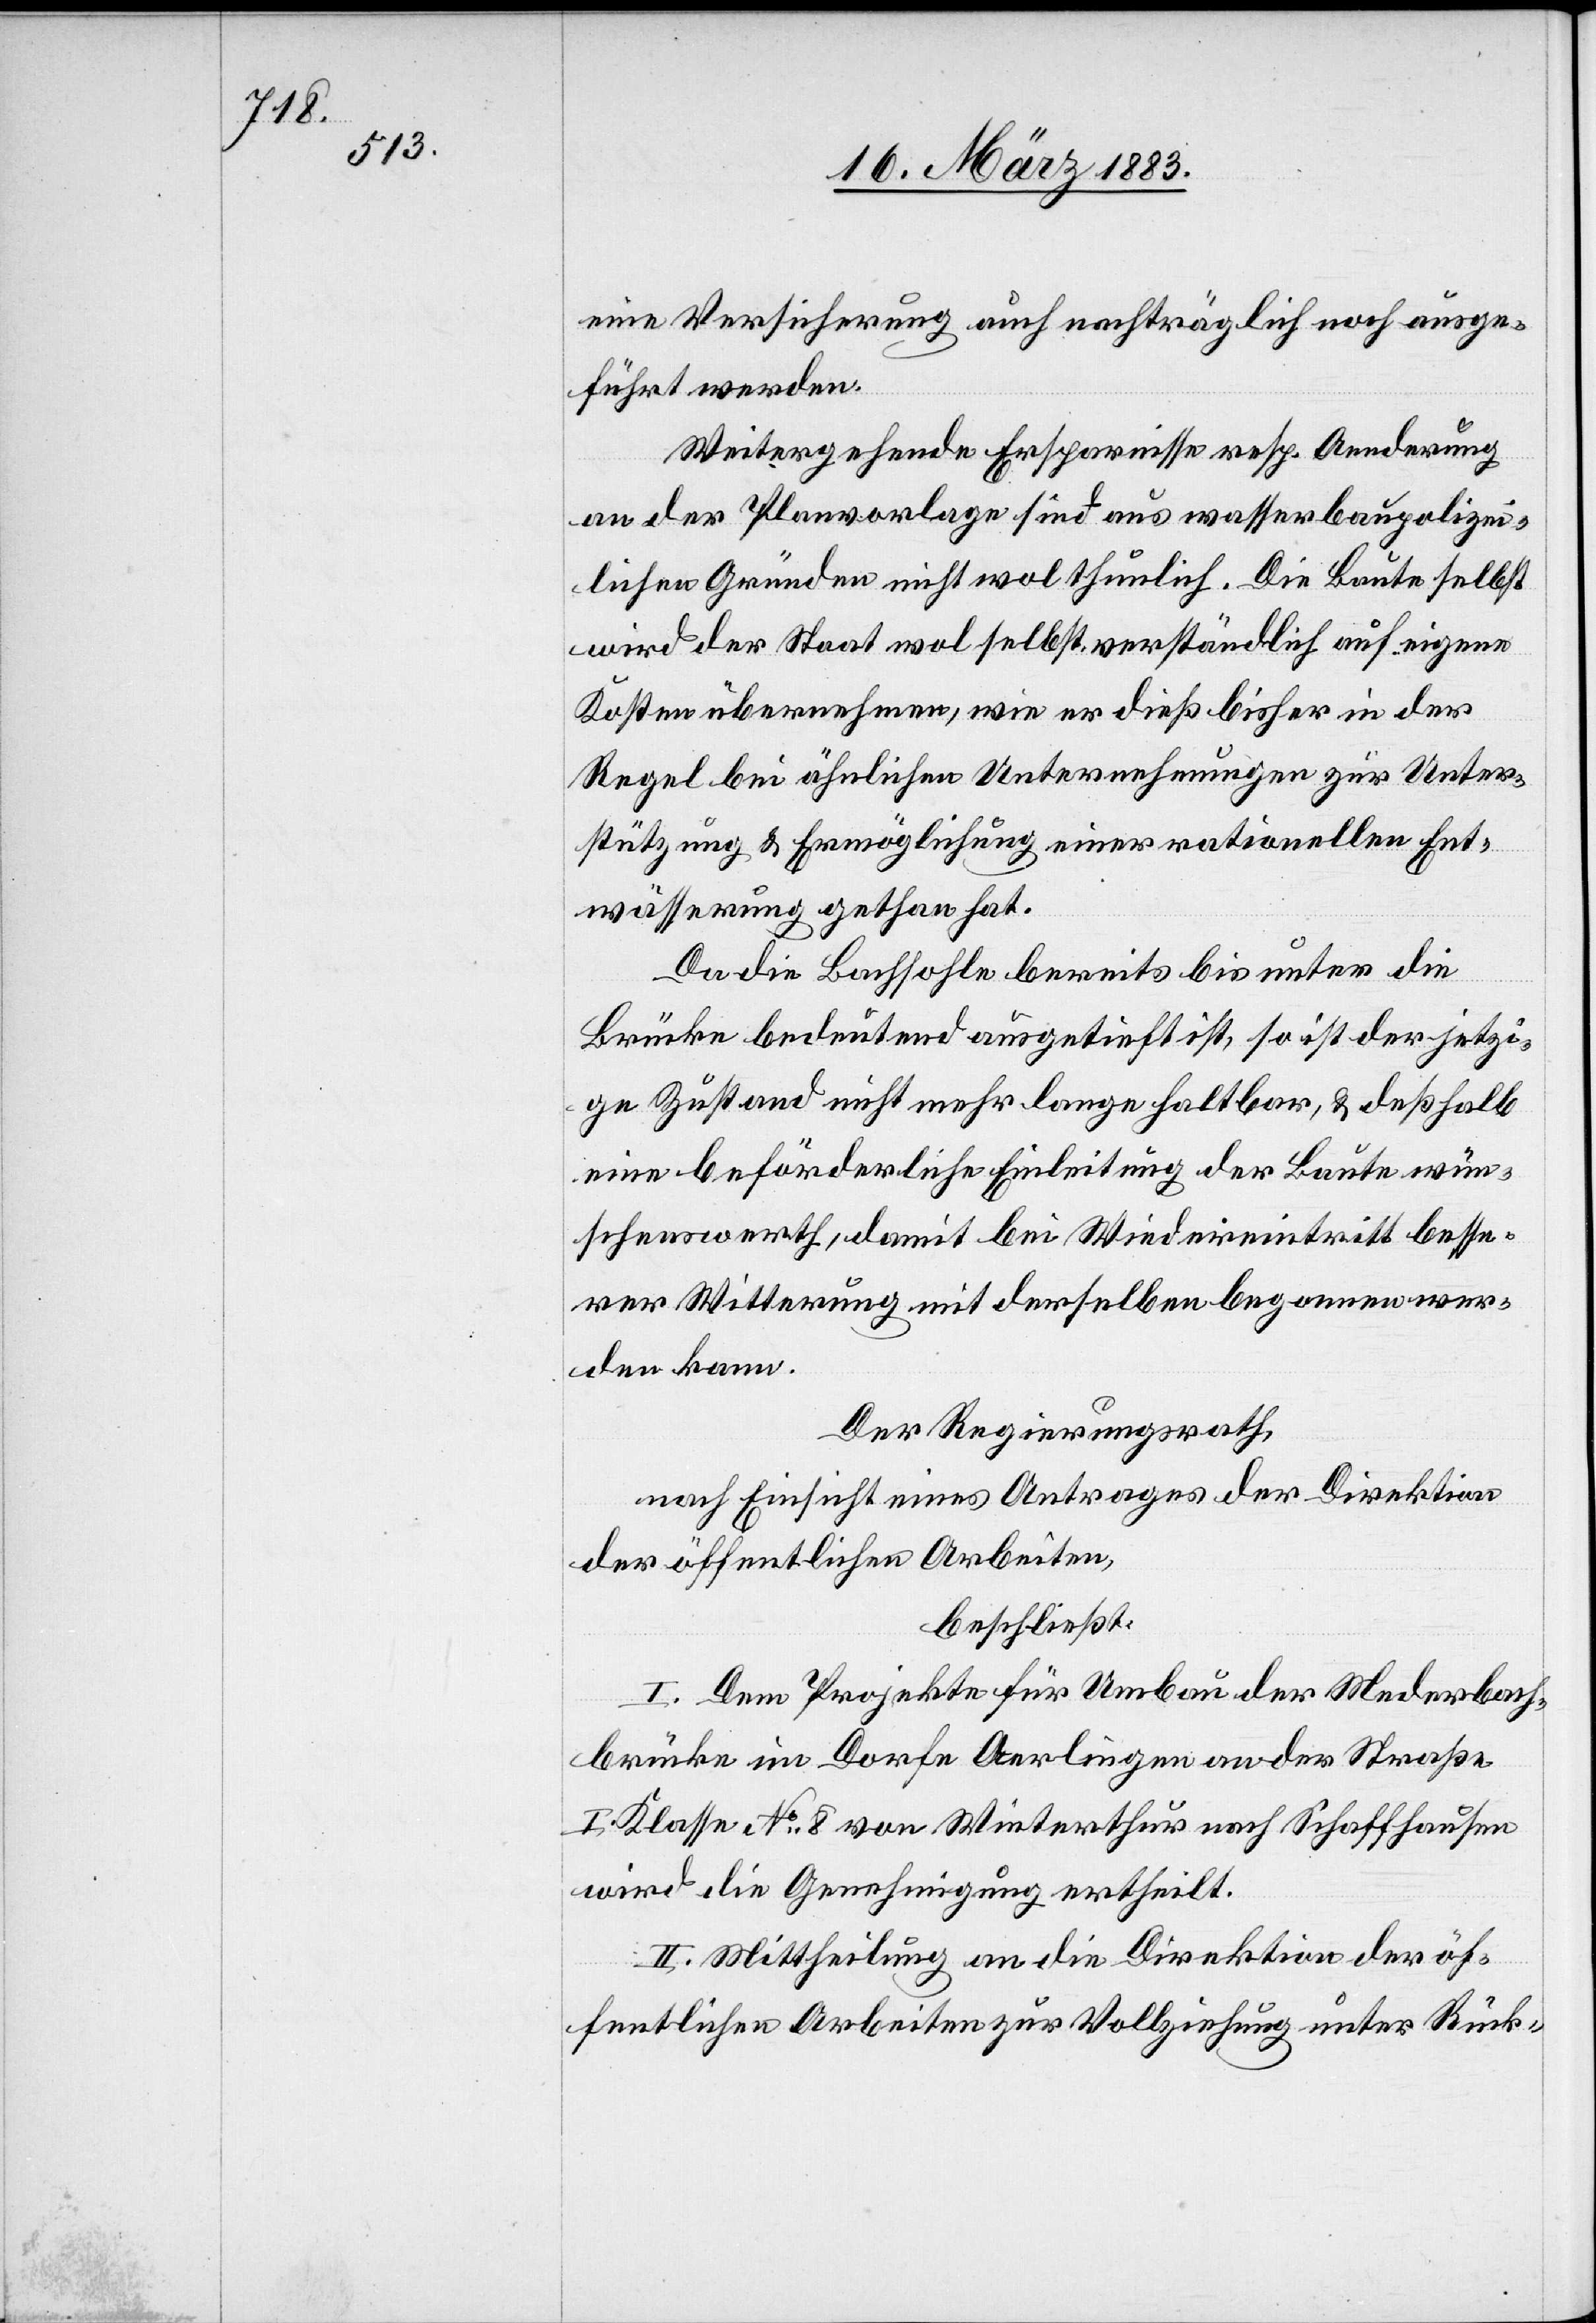
Js.

1882

8. März 1882
die Genehmigung ertheilt